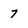
Character: 7